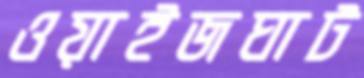
ওয়াইজঘাট